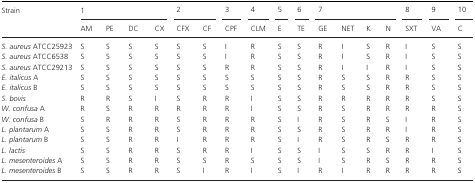
| <ROWSPAN=2> Strain | <COLSPAN=4> 1 | <COLSPAN=2> 2 | 3 | 4 | 5 | 6 | <COLSPAN=4> 7 | 8 | 9 | 10 |
 | AM | PE | DC | CX | CFX | CF | CPF | CLM | E | TE | GE | NET | K | N | SXT | VA | C |
 | --- | --- | --- | --- | --- | --- | --- | --- | --- | --- | --- | --- | --- | --- | --- | --- | --- | --- |
 | S. aureus ATCC25923 | S | S | S | S | S | S | I | R | S | S | R | I | S | R | I | S | S |
 | S. aureus ATCC6538 | S | S | S | S | S | S | I | R | S | S | R | I | S | R | I | S | S |
 | S. aureus ATCC29213 | S | S | S | S | S | S | R | R | S | S | R | I | I | R | I | S | S |
 | E. italicus A | S | S | S | S | S | S | S | S | S | S | R | S | S | R | R | S | S |
 | E. italicus B | S | S | S | S | S | S | S | S | S | S | R | S | S | R | R | S | S |
 | S. bovis | R | R | S | I | S | R | R | I | S | S | R | R | R | R | R | S | S |
 | W. confusa A | R | S | R | R | R | R | R | I | S | S | R | S | R | R | R | R | S |
 | W. confusa B | S | R | R | R | S | R | R | R | S | I | R | S | R | S | I | R | S |
 | L. plantarum A | S | S | R | R | S | R | R | R | S | S | R | S | R | R | I | R | S |
 | L. plantarum B | S | S | R | R | I | R | R | R | S | I | R | S | R | S | R | R | S |
 | L. lactis | S | S | R | R | S | R | R | I | S | S | I | S | S | R | R | I | S |
 | L. mesenteroides A | S | S | R | R | S | S | R | S | S | S | I | S | R | S | R | R | S |
 | L. mesenteroides B | S | S | R | R | S | I | R | I | S | I | R | I | R | R | R | R | S |